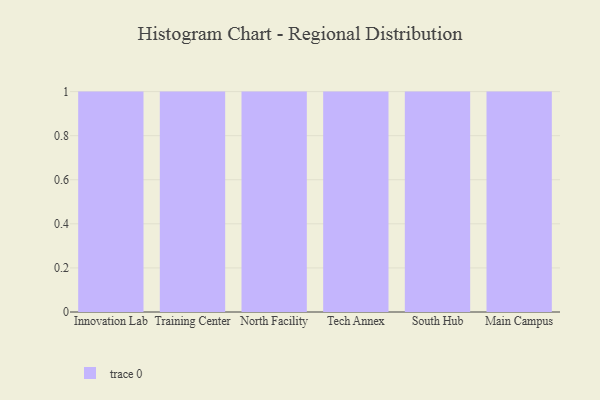
{"axis": {"x": "Campus", "y": "Humidity (%)"}, "legend": [""], "data": [{"x": "Innovation Lab", "y": 24, "type": ""}, {"x": "Training Center", "y": 43, "type": ""}, {"x": "North Facility", "y": 4, "type": ""}, {"x": "Tech Annex", "y": 92, "type": ""}, {"x": "South Hub", "y": 38, "type": ""}, {"x": "Main Campus", "y": 3, "type": ""}]}